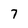
Character: 7